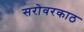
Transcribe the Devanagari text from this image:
सरोवरकाठ